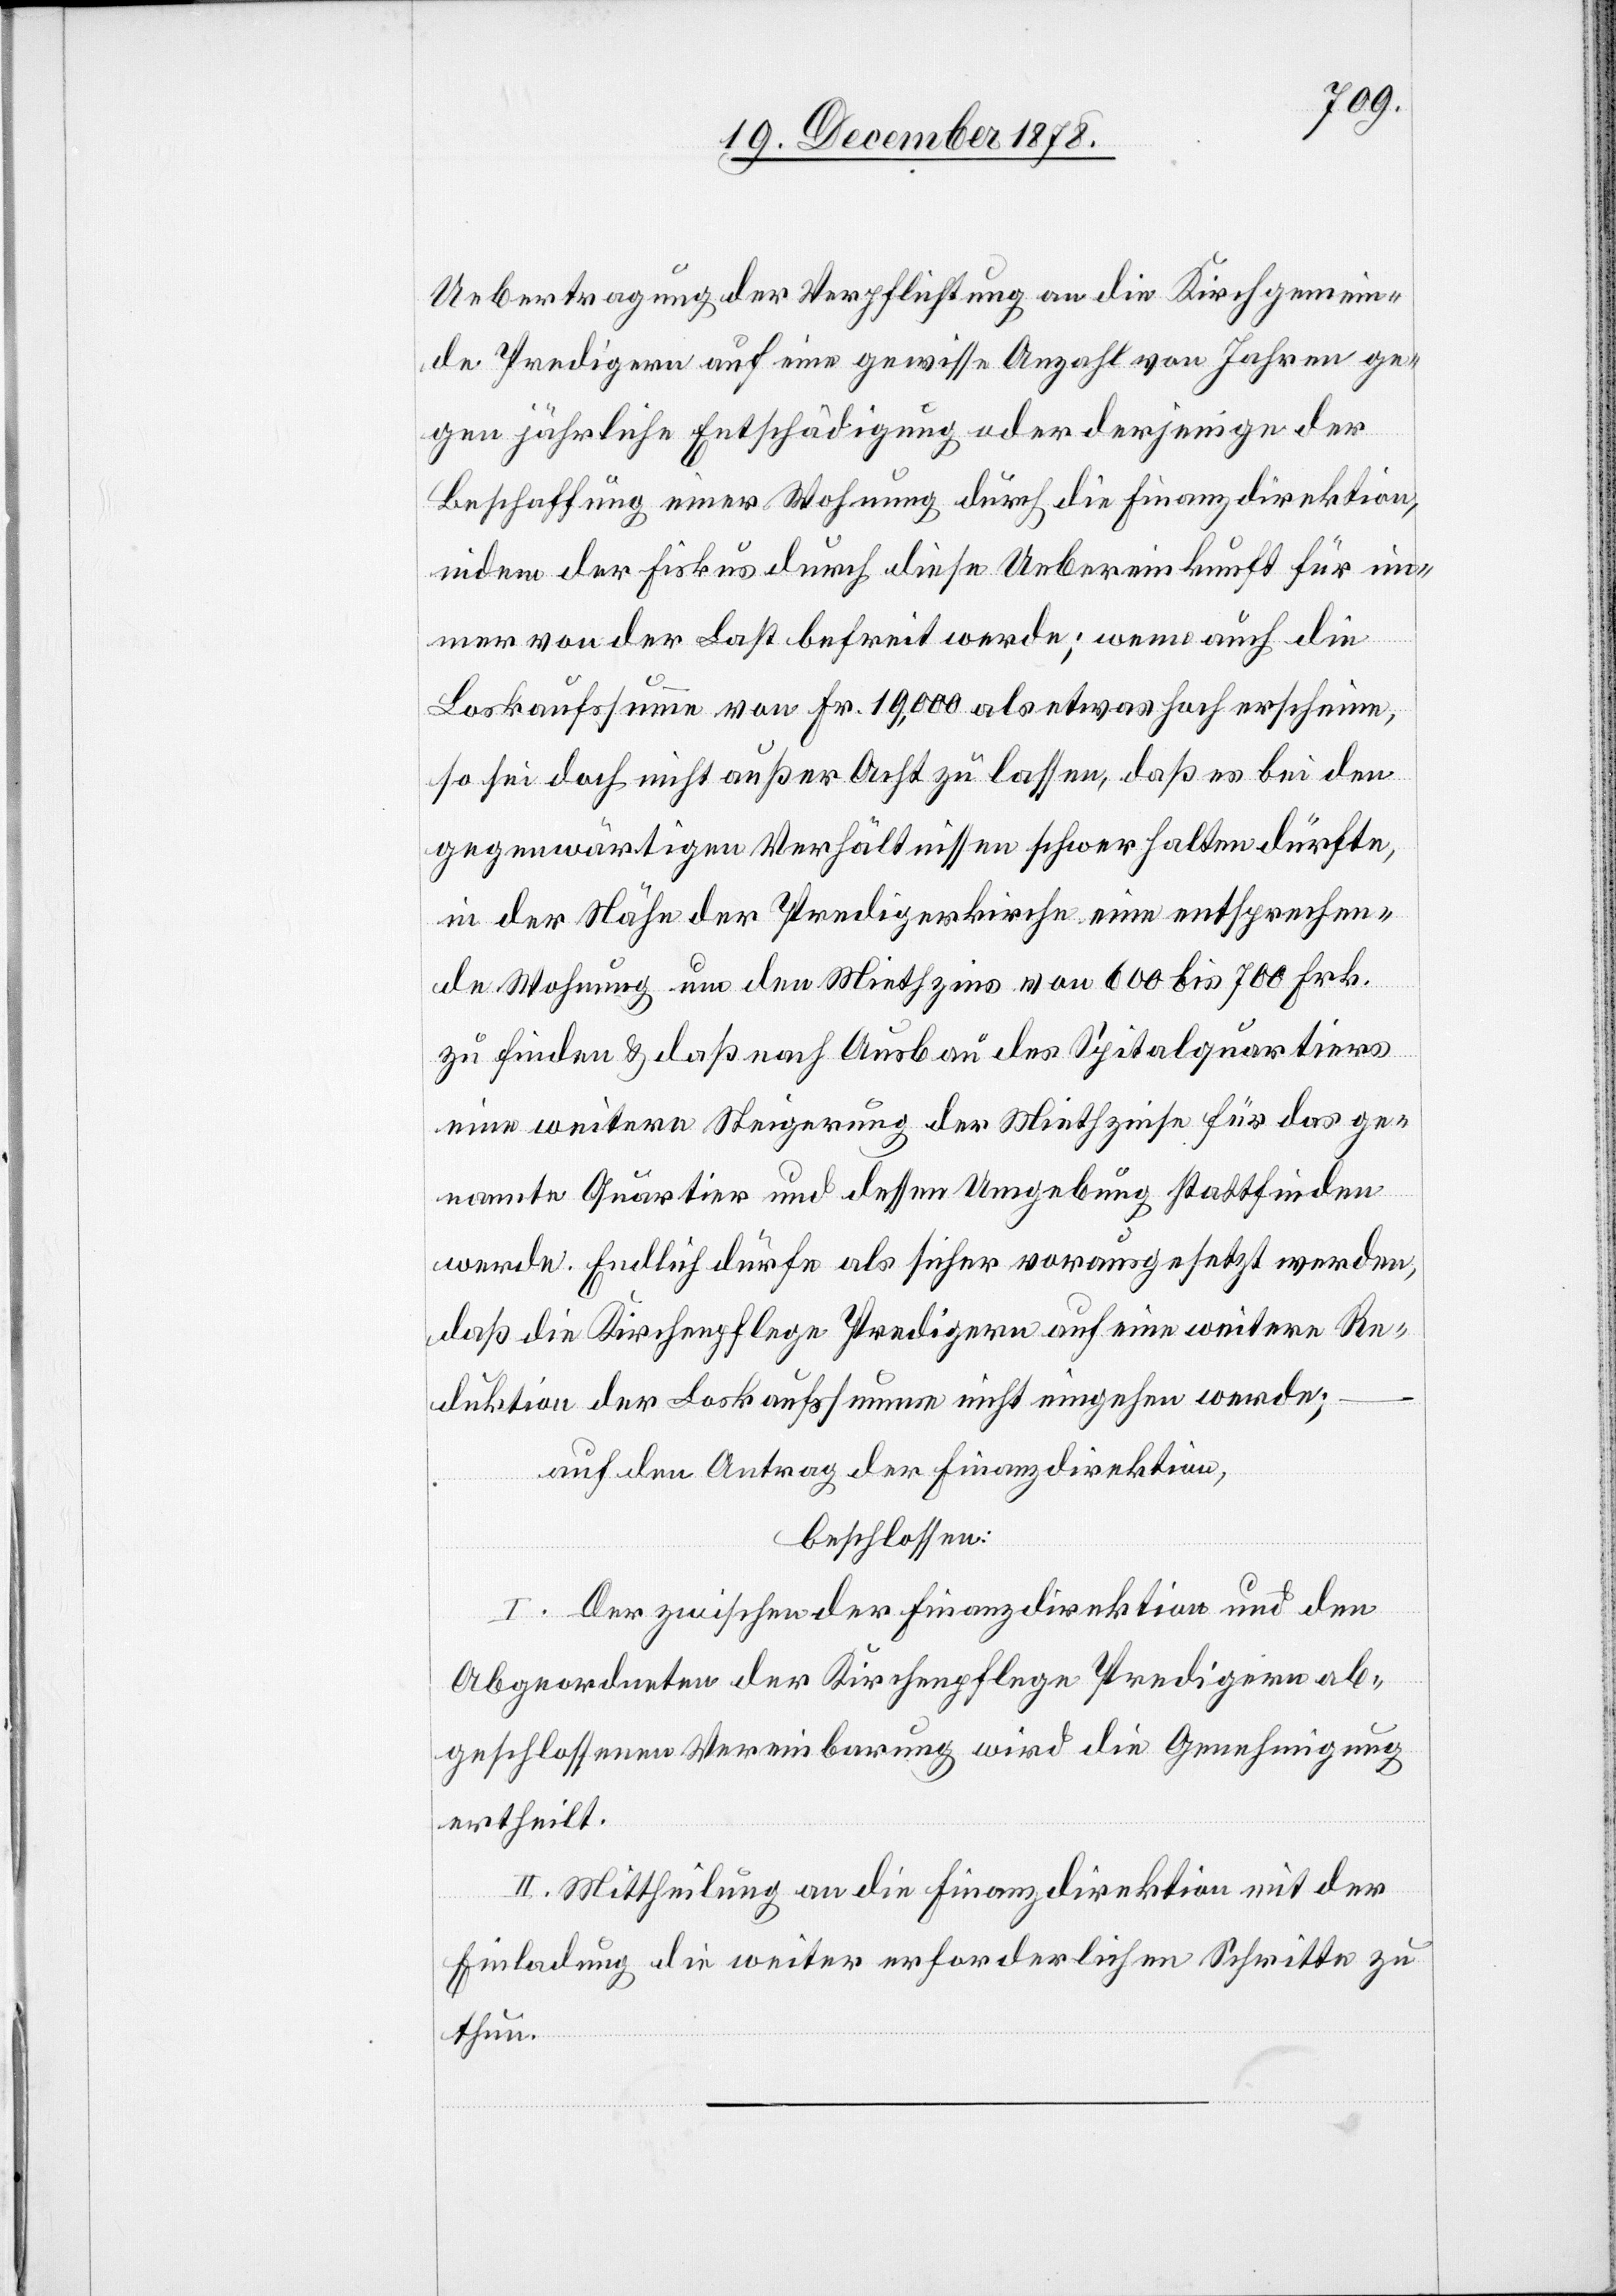
Uebertragung der Verpflichtung an die Kirchgemein¬
de Predigern auf eine gewisse Anzahl von Jahren ge¬
gen jährliche Entschädigung oder derjenige der
Beschaffung einer Wohnung durch die Finanzdirektion,
indem der Fiskus durch diese Uebereinkunft für im¬
mer von der Last befreit werde; wenn auch die
Loskaufsumme von Fr. 19,000 als etwas hoch erscheine,
so sei doch nicht außer Acht zu lassen, daß es bei den
gegenwärtigen Verhältnissen schwer halten dürfte,
in der Nähe der Predigerkriche eine entsprechen¬
de Wohnung um den Miethzins von 600 bis 700 Frk.
zu finden & daß nach Ausbau des Spitalquartiers
eine weitere Steigerung der Miethzinse für das ge¬
nannte Quartier und dessen Umgebung stattfinden
werde. Endlich dürfe als sicher vorausgesetzt werden,
daß die Kirchenpflege Predigern auf eine weitere Re¬
duktion der Loskaufsumme nicht eingehen werde;
auf den Antrag der Finanzdirektion,
beschlossen:
I. Der zwischen der Finanzdirektion und den
Abgeordneten der Kirchenpflege Predigern ab¬
geschlossenen Vereinbarung wird die Genehmigung
ertheilt.
II. Mittheilung an die Finanzdirektion mit der
Einladung die weiter erforderlichen Schritte zu
thun.